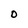
Character: O